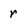
Character: r